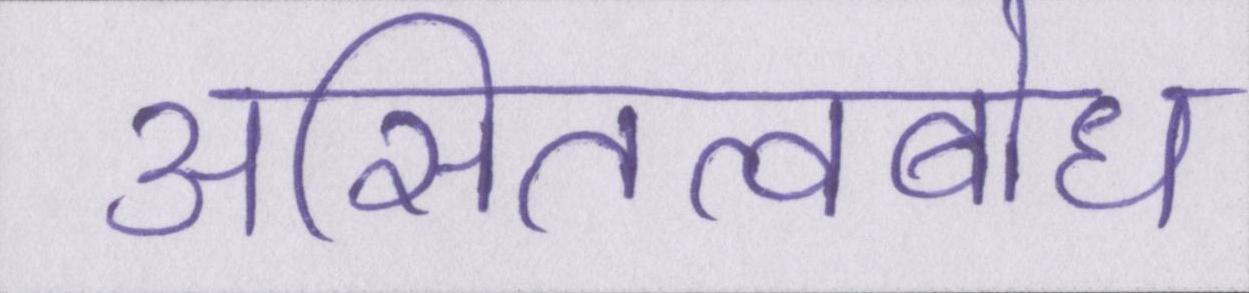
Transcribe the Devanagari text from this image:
असितत्वबोध